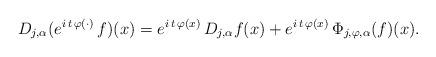
LaTeX: \begin{align*} D_{j,\alpha}(e^{i\,t\,\varphi(\cdot)}\,f)(x)= e^{i\,t\,\varphi(x)}\,D_{j,\alpha} f(x) +e^{i\,t\,\varphi(x)} \,\Phi_{j, \varphi, \alpha}(f)(x). \end{align*}